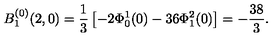
B _ { 1 } ^ { ( 0 ) } ( 2 , 0 ) = \frac { 1 } { 3 } \left[ - 2 \Phi _ { 0 } ^ { 1 } ( 0 ) - 3 6 \Phi _ { 1 } ^ { 2 } ( 0 ) \right] = - \frac { 3 8 } { 3 } .